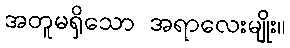
အတူမရှိသော အရာလေးမျိုး။